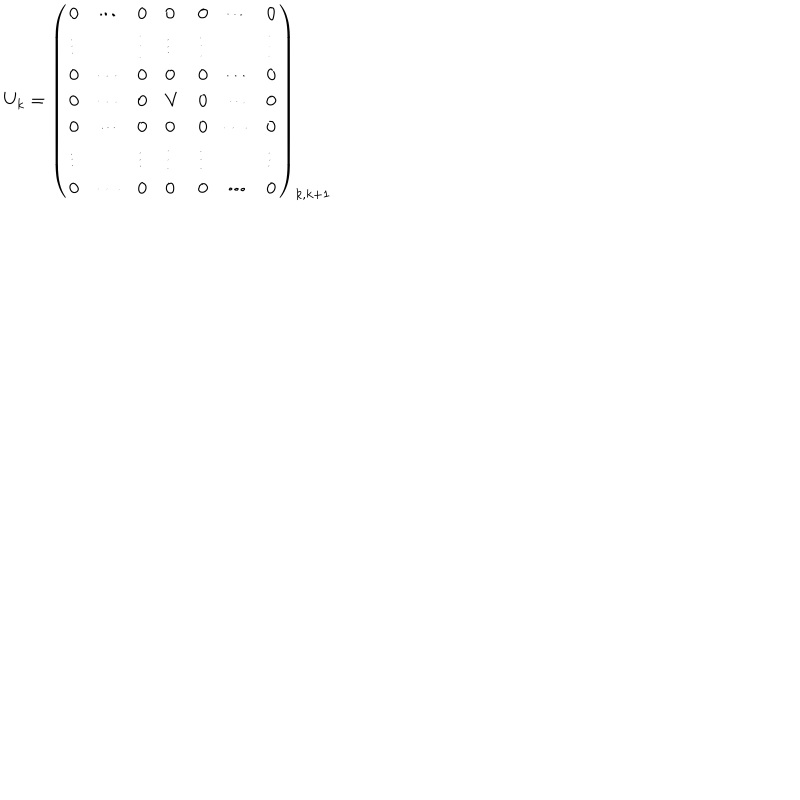
U _ { k } = \left( \begin{array} { l l l l l l l } { { 0 } } & { { \cdots } } & { { 0 } } & { { 0 } } & { { 0 } } & { { \cdots } } & { { 0 } } \\ { { \vdots } } & { { } } & { { \vdots } } & { { \vdots } } & { { \vdots } } & { { } } & { { \vdots } } \\ { { 0 } } & { { \cdots } } & { { 0 } } & { { 0 } } & { { 0 } } & { { \cdots } } & { { 0 } } \\ { { 0 } } & { { \cdots } } & { { 0 } } & { { V } } & { { 0 } } & { { \cdots } } & { { 0 } } \\ { { 0 } } & { { \cdots } } & { { 0 } } & { { 0 } } & { { 0 } } & { { \cdots } } & { { 0 } } \\ { { \vdots } } & { { } } & { { \vdots } } & { { \vdots } } & { { \vdots } } & { { } } & { { \vdots } } \\ { { 0 } } & { { \cdots } } & { { 0 } } & { { 0 } } & { { 0 } } & { { \cdots } } & { { 0 } } \\ \end{array} \right) _ { k , k + 1 }